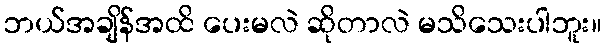
ဘယ်အချိန်အထိ ပေးမလဲ ဆိုတာလဲ မသိသေးပါဘူး။